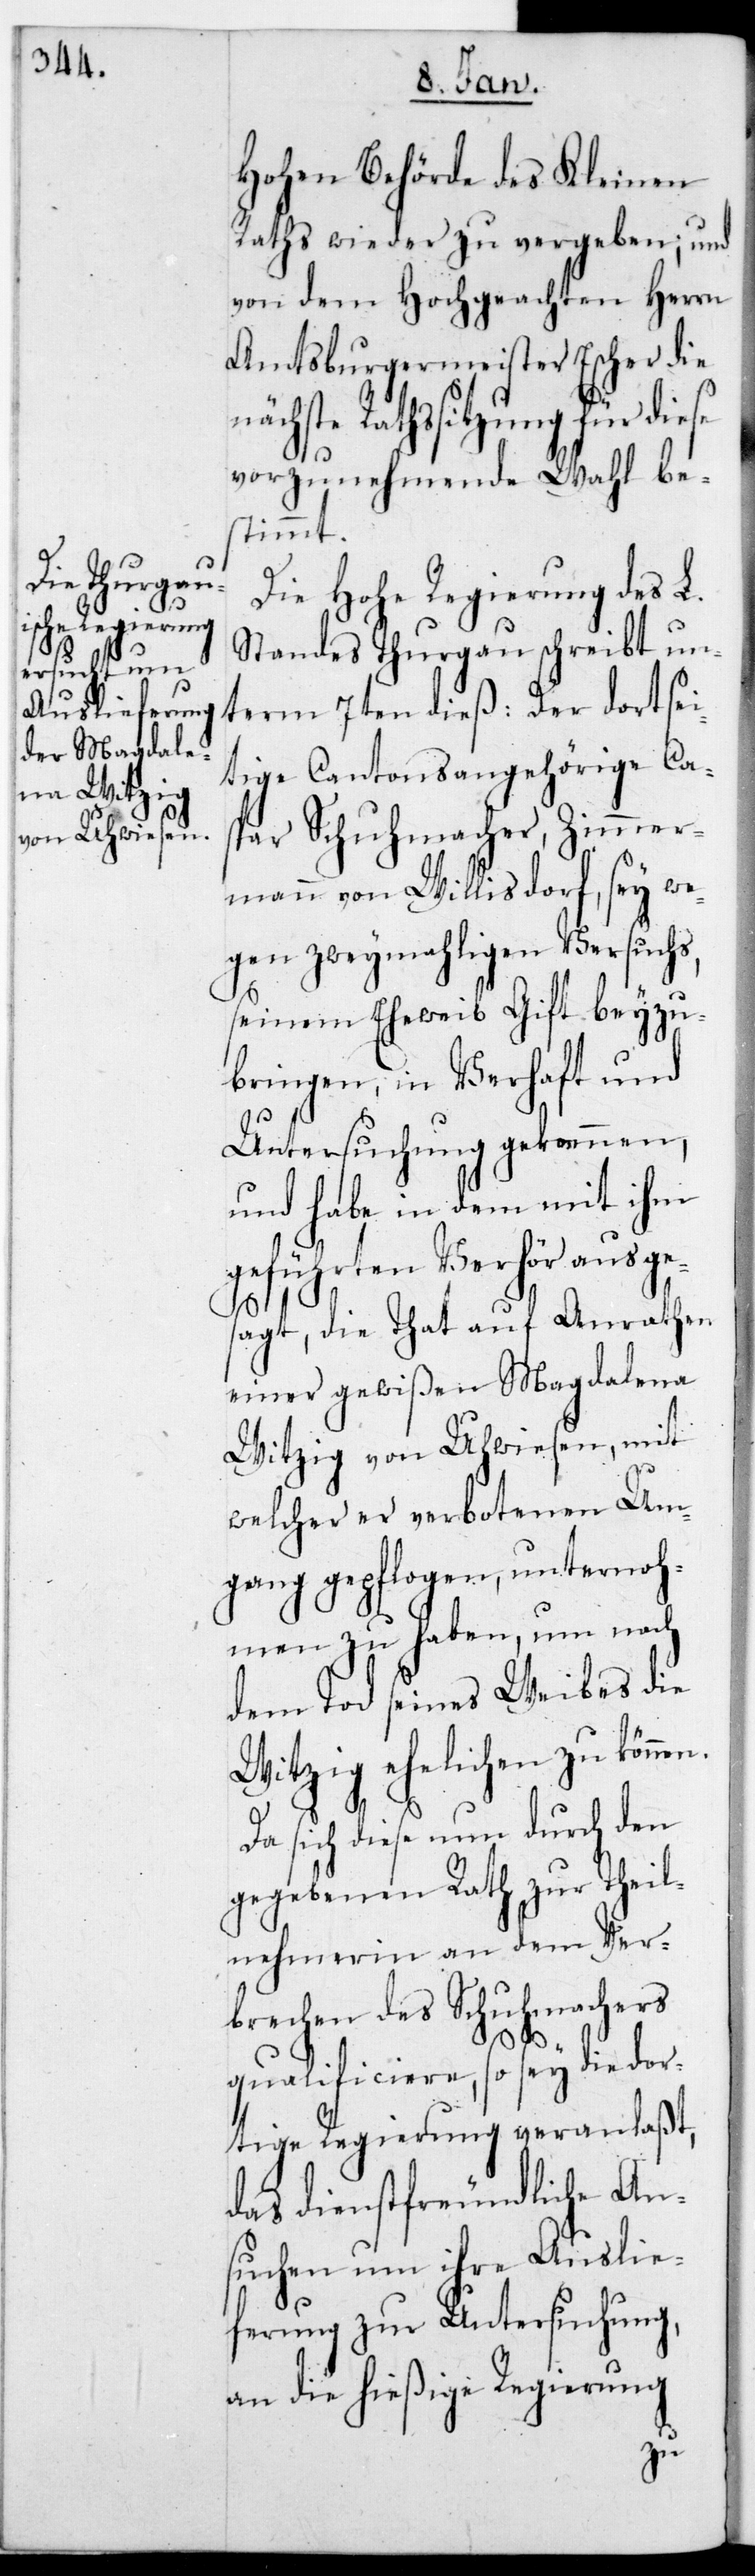
Hohen Behörde des Kleinen
Raths wieder zu vergeben, und
von dem Hochgeachten Herrn
Amtsburgermeister Escher die
ächste Rathssitzung für diese
vorzunehmende Wahl be¬
stimmt.
Die Hohe Regierung des L.
Standes Thurgau schreibt un¬
term 7ten dieß: Der dortsei¬
tige Cantonsangehörige Ca¬
spar Schuhmacher, Zimmer¬
mann von Willisdorf, sei we¬
gen zweymaligen Versuchs,
seinem Eheweib Gift beyzu¬
bringen, in Verhaft und
Untersuchung gekommen,
und habe in dem mit ihm
geführten Verhör ausge¬
sagt, die Tat auf Anrathen
einer gewißen Magdalena
Witzig von Uhwiesen, mit
welcher er verbotenen Um¬
gang gepflogen, unternoh¬
men zu haben, um nach
dem Tod seines Weibes die
Witzig ehelichen zu können.
Da sich diese nun durch den
gegebenen Rath zur Theil¬
nehmerin an dem Ver¬
brechen des Schuhmachers
n¬
qualificiere, so sei die dor¬
tige Regierung veranlaßt,
das dienstfreundliche An¬
suchen um ihre Auslie¬
ferung zur Untersuchung
an die hießige Regierung